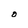
Character: O